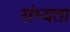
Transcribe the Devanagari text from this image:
संभ्यता